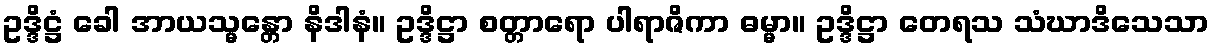
ဥဒ္ဒိဋ္ဌံ ခေါ အာယသ္မန္တော နိဒါနံ။ ဥဒ္ဒိဋ္ဌာ စတ္တာရော ပါရာဇိကာ ဓမ္မာ။ ဥဒ္ဒိဋ္ဌာ တေရသ သံဃာဒိသေသာ